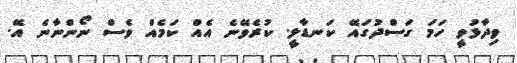
ވިދާޅުވީ ހަމަ ގަސްދުގައޭ ކަނޑާލީ. ކުރެވޭނެ އެއް ކަމެއް ވެސް ނޯންނާނެ އޭ.